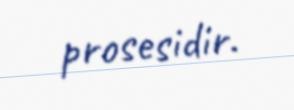
prosesidir.